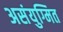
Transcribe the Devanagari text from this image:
असंयुग्मित